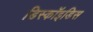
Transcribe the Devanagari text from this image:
डिस्कॉइडिस